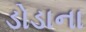
ડોડાના